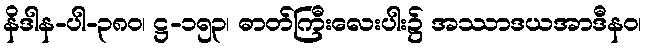
နိဒါန-ပါ-၃၈၀၊ ဋ္ဌ-၁၅၃၊ ဓာတ်ကြီးလေးပါး၌ အဿာဒယအာဒီနဝ၊